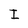
Character: I